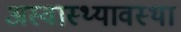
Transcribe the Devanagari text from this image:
अस्वास्थ्यावस्था